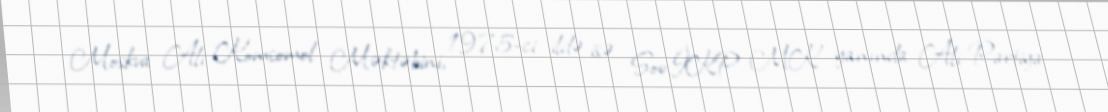
Moskva Ali Komsomol Məktəbini, 1975-ci ildə isə Sov.İKP MK yanında Ali Partiya